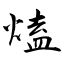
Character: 熆